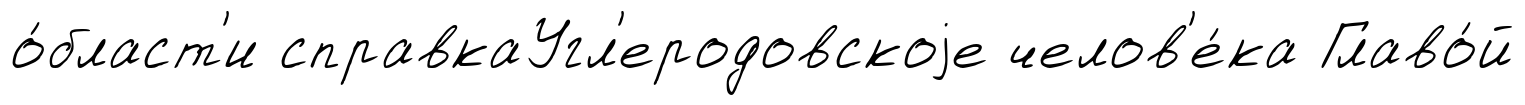
о́бласт'и справкаУгл'еродовскоjе челов'е́ка Главо́й